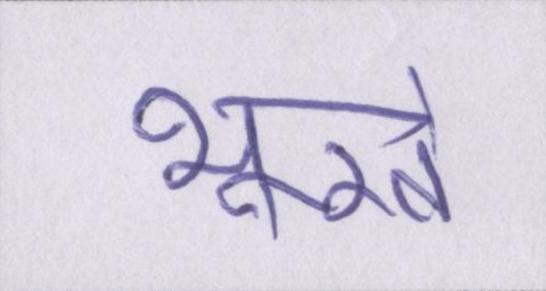
भूखे